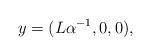
LaTeX: \begin{align*}y = (L\alpha^{-1},0,0),\end{align*}